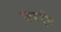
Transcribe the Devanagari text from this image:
एग्बर्ट्स